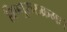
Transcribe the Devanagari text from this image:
विष्णुरुरुक्रमः।